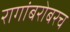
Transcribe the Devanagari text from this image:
रागांबरोबरच